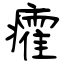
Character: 癨